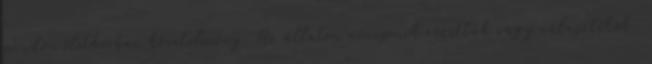
minden életkorban követelmény. Az állaton nincsenek rozetták vagy választékok.